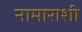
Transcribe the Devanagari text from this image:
नामाराशी